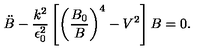
\ddot { B } - \frac { k ^ { 2 } } { \epsilon _ { 0 } ^ { 2 } } \left[ \left( \frac { B _ { 0 } } { B } \right) ^ { 4 } - V ^ { 2 } \right] B = 0 .